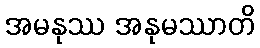
အမနုဿ အနုမဿာတိ